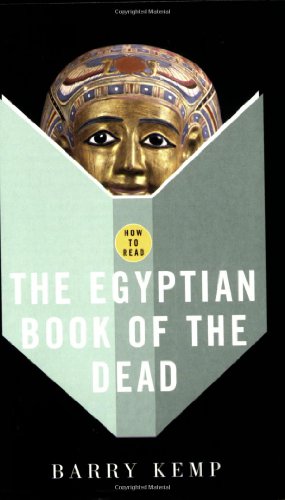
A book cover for How to Read the "Egyptian Book of the Dead"; Barry Kemp; Religion & Spirituality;